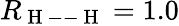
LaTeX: R_{\mathrm{~H~--~H~}}=1.0